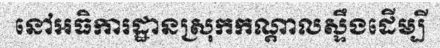
នៅអធិការដ្ឋានស្រុកកណ្តាលស្ទឹងដើម្បី